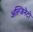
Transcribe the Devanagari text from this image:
अल्जिनेटों